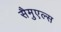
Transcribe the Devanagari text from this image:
सैमुएल्स